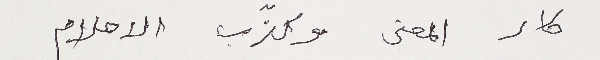
كار المعنى وكذّب الاحلام